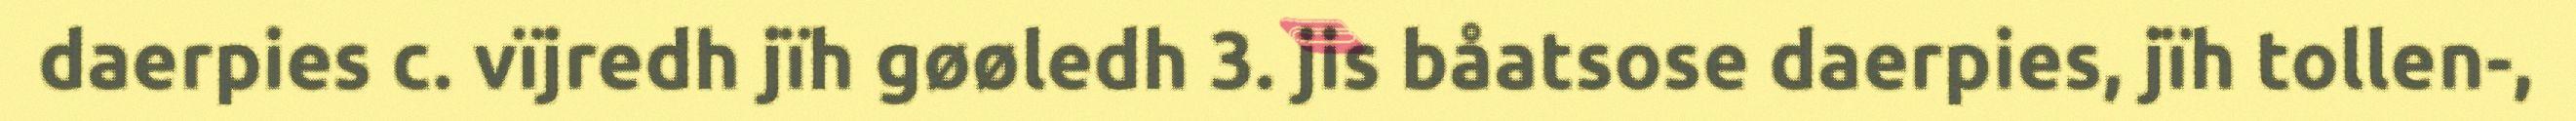
daerpies c. vïjredh jïh gøøledh 3. jis båatsose daerpies, jïh tollen-,